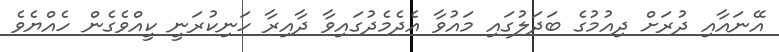
އޭނައާއި ދުރަށް ދިއުމުގެ ބަދަލުގައި މައުވާ އެދެމެދުގައިވާ ދާއިރާ ހަނިކުރަނީ ކީއްވެގެން ހެއްޔެވެ